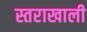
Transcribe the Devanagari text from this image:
स्तराखाली